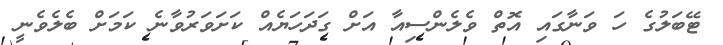
ޓޭބަލުގެ ހަ ވަނާގައި އޮތް ވެލެންސިއާ އަށް ގަދަހަޔެއް ކަށަވަރުވާނެ ކަމަށް ބެލެވެނީ